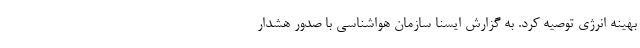
بهینه انرژی توصیه کرد. به گزارش ایسنا سازمان هواشناسی با صدور هشدار